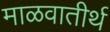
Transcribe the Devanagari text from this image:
माळवातीर्थ